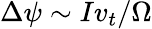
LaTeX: \Delta\psi\sim Iv_{t}/\Omega